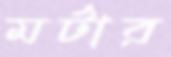
মর্টার